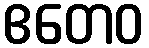
ဧတေဝ